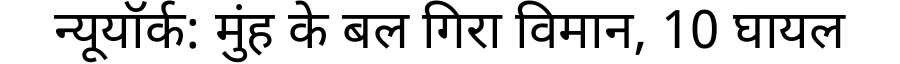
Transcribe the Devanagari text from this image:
न्यूयॉर्क: मुंह के बल गिरा विमान, 10 घायल